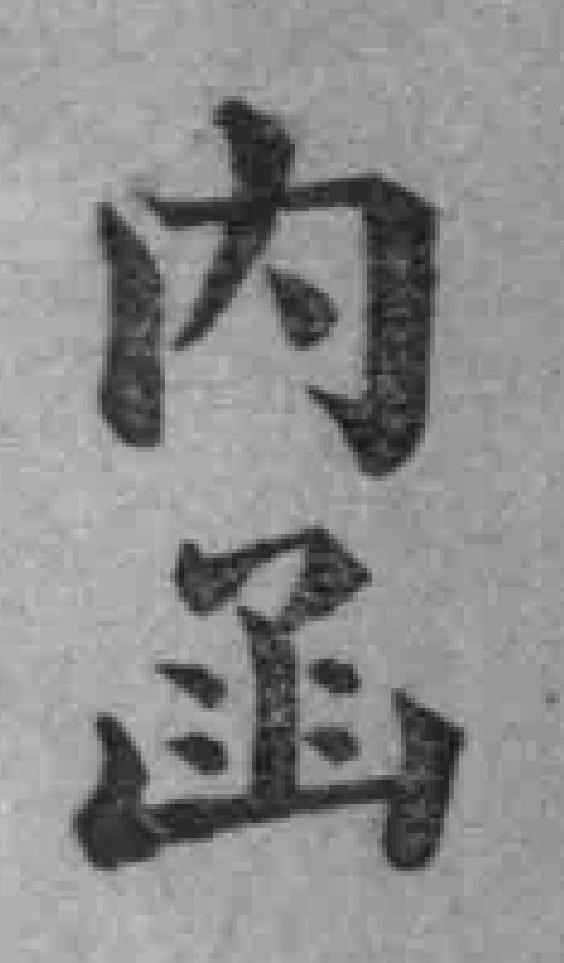
内函